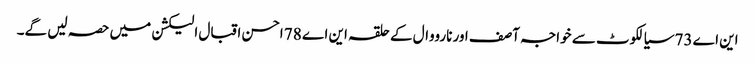
این اے 73 سیالکوٹ سے خواجہ آصف اور نارووال کے حلقہ این اے 78 احسن اقبال الیکشن میں حصہ لیں گے۔